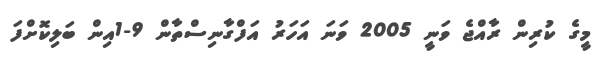
މީގެ ކުރިން ރާއްޖެ ވަނީ 2005 ވަނަ އަހަރު އަފްގާނިސްތާން 9-1އިން ބަލިކޮށްފަ